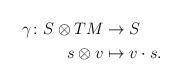
LaTeX: \begin{align*} \gamma\colon S\otimes TM &\to S \\ s\otimes v&\mapsto v\cdot s. \end{align*}